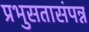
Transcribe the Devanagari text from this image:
प्रभुसतासंपन्न